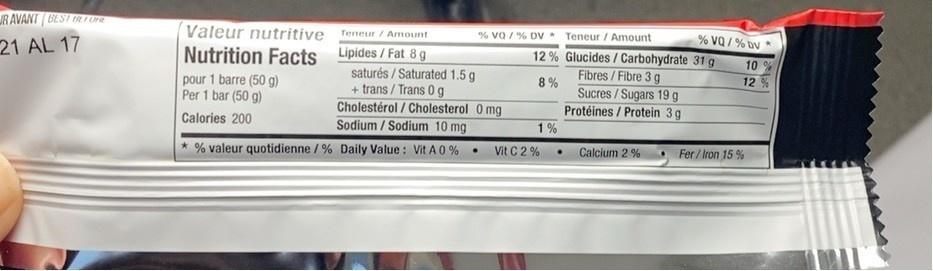
R AVANT (BEST ER FE
Valeur nutritive Teneur / Amount Nutrition Facts Lipides/Fat 8 g
21 AL 17
% va / % DV Teneur / Amount
% VQ / % Dv
12 % Glucides / Carbohydrate 31 g Fibres/Fibre 3 g
10 % 12%
saturés / Saturated 1.5 g + trans / Trans 0 g Cholestérol / Cholesterol 0 mg Sodium / Sodium 10 mg
pour 1 barre (50 g) Per 1 bar (50 g)
8 % Sucres /Sugars 19 g Protéines / Protein 3g 1%
Calories 200
% valeur quotidienne / % Daily Value: Vit A 0 %
Vit C 2 %
Calcium 2 %
Fer / Iron 15 %